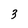
Character: 3